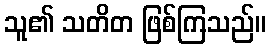
သူ၏ သတိတ ဖြစ်ကြသည်။